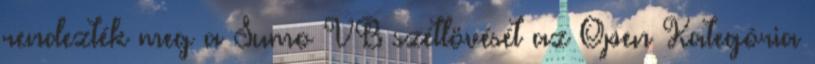
rendezték meg a Sumo VB szétlövését az Open Kategória